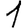
Digit: 1